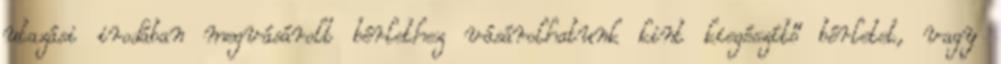
utazási irodában megvásárolt bérlethez vásárolhatunk kint kiegészítő bérletet, vagy